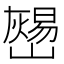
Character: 𡾎